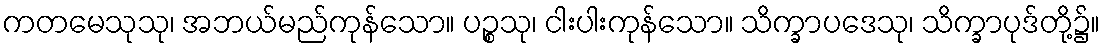
ကတမေသုသု၊ အဘယ်မည်ကုန်သော။ ပဉ္စသု၊ ငါးပါးကုန်သော။ သိက္ခာပဒေသု၊ သိက္ခာပုဒ်တို့၌။